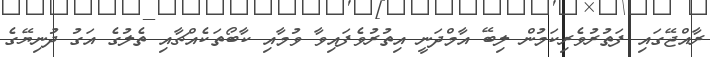
ރާއްޖޭގައި ފަތުރުވެރިކަމުން ލިބޭ އާމްދަނީ އިތުރުވެފައިވާ ވުމާއި ކާބޯތަކެއްޗާއި ތެލުގެ އަގު ދުނިޔޭގެ